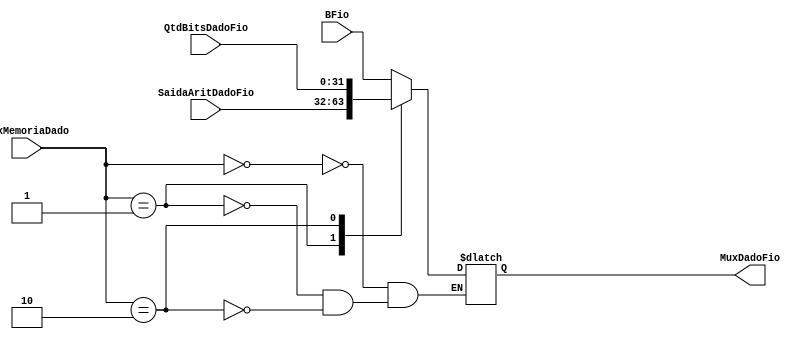
module MuxxMemoriaDado (input wire[1:0] MuxMemoriaDado, input wire [31:0] BFio, input wire [31:0] SaidaAritDadoFio,
						 input wire [31:0] QtdBitsDadoFio , output reg [31:0] MuxDadoFio); 	
	
	always begin
		case(MuxMemoriaDado)
			2'b00: 
			begin
			MuxDadoFio <= BFio;
			end
			
			2'b01:
			begin
			MuxDadoFio <= SaidaAritDadoFio;
			end
			
			2'b10:
			begin
			MuxDadoFio <= QtdBitsDadoFio;
			end
		
		endcase
	end
 
	

endmodule